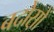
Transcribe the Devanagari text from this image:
बदोस़ों